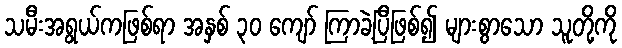
သမီးအရွယ်ကဖြစ်ရာ အနှစ် ၃၀ ကျော် ကြာခဲ့ပြီဖြစ်၍ များစွာသော သူတို့ကို